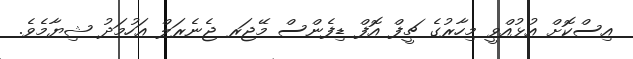
އިސްކޮށް އުޅުއްވީ މިހާރުގެ ޗީފް އޮފް ޑިފެންސް މޭޖަރ ޖެނެރަލް އަހުމަދު ޝިޔާމެވެ.